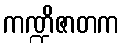
ကဏ္ဍိဇာတက